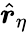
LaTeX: \hat{\boldsymbol r}_{\eta}